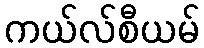
ကယ်လ်စီယမ်